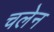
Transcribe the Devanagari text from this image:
चलेन